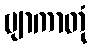
ဗျာကာတုံ